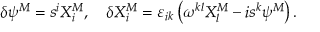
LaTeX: \delta \psi ^ { M } = s ^ { i } X _ { i } ^ { M } , \quad \delta X _ { i } ^ { M } = \varepsilon _ { i k } \left( \omega ^ { k l } X _ { l } ^ { M } - i s ^ { k } \psi ^ { M } \right) .